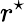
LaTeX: r^{\star}